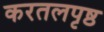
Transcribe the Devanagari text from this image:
करतलपृष्ठ